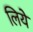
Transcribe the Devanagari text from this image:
लियेे